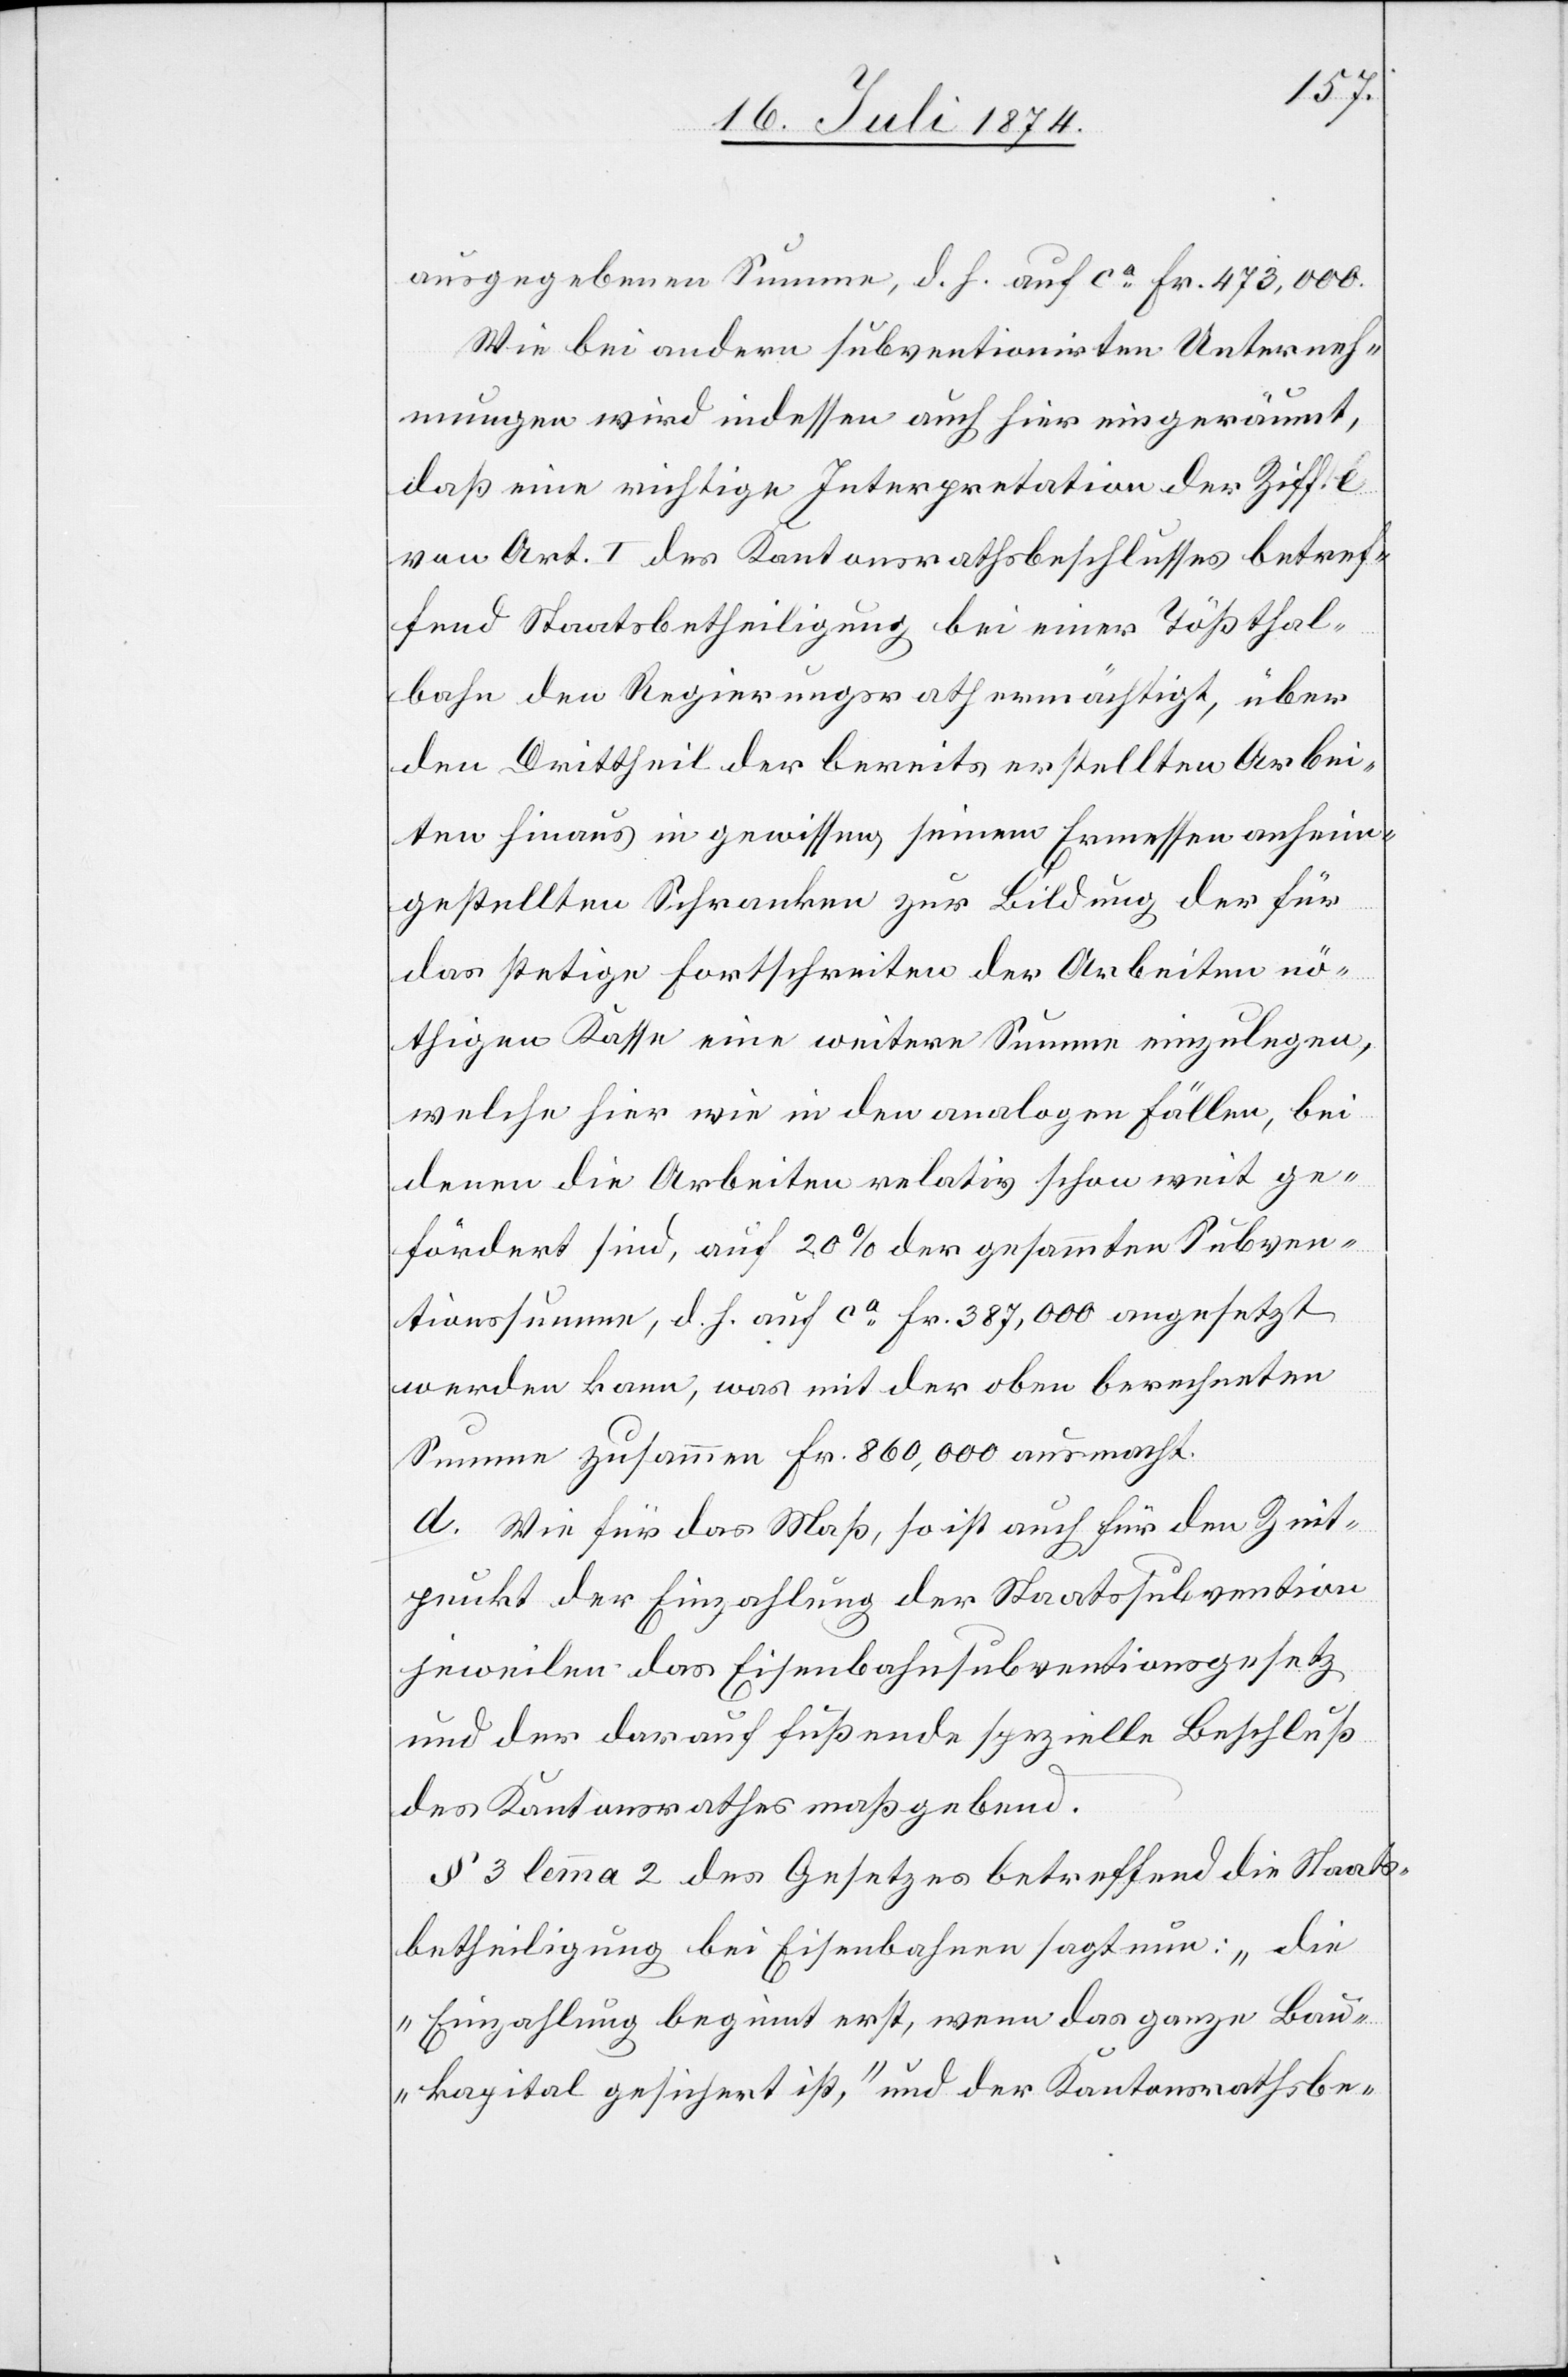
ausgegebenen Summe, d. h. auf ca Fr. 473,000.
Wie bei andern subventionirten Unterneh¬
mungen wird indessen auch hier eingeräumt,
daß eine richtige Interpretation der Ziff. e
von Art. I des Kantonsrathsbeschlusses betref¬
fend Staatsbetheiligung bei einer Tößthal¬
bahn den Regierungsrath ermächtigt, über
den Drittheil der bereits erstellten Arbei¬
ten hinaus in gewissen, seinem Ermessen anheim¬
gestellten Schranken zur Bildung der für
das stetige Fortschreiten der Arbeiten nö¬
thigen Kasse eine weitere Summe einzulegen,
welche hier wie in den analogen Fällen, bei
denen die Arbeiten relativ schon weit ge¬
fördert sind, auf 20% der gesammten Subven¬
tionssumme, d. h. auf ca Fr. 387,000 angesetzt
werden kann, was mit der oben berechneten
Summe zusammen Fr. 860,000 ausmacht.
d. Wie für das Maß, so ist auch für den Zeit¬
punkt der Einzahlung der Staastsubvention
jeweilen das Eisenbahnsubventionsgesetz
und der darauf fußende spezielle Beschluß
des Kantonsrathes maßgebend.
§ 3 lemma 2 des Gesetzes betreffend die Staats¬
betheiligung bei Eisenbahnen sagt nun: „die
Einzahlung beginnt erst, wenn das ganze Bau¬
kapital gesichert ist“, und der Kantonsrathsbe-